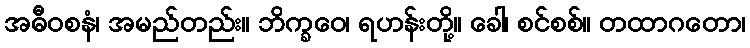
အဓီဝစနံ၊ အမည်တည်း။ ဘိက္ခဝေ၊ ရဟန်းတို့။ ခေါ၊ စင်စစ်။ တထာဂတော၊